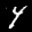
Label: 4